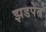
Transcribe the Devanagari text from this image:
झडपेत